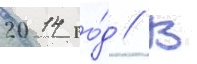
2014 го́д // В